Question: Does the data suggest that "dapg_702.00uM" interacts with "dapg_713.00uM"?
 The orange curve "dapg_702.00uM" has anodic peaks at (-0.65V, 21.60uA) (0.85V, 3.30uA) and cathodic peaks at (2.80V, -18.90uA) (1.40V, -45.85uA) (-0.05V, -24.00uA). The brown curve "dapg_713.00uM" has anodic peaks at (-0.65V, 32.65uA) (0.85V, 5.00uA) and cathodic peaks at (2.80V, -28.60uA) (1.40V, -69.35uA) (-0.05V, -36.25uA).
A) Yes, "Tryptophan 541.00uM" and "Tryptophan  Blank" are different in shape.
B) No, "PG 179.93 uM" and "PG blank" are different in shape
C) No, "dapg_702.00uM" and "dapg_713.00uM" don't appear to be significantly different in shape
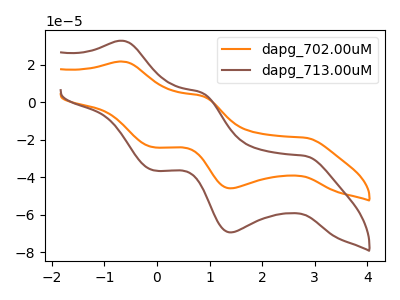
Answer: <think>All the peaks in "dapg_702.00uM" have a peak in "dapg_713.00uM" at the same potential. Every peak in "dapg_702.00uM" is lower than every peak in "dapg_713.00uM".
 </think>
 <answer>C) No, "dapg_702.00uM" and "dapg_713.00uM" don't appear to be significantly different in shape</answer>
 <eval>C</eval>